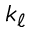
k _ { \ell }